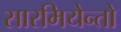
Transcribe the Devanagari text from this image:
सारमियेन्तो